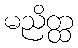
မညိတ္ထ